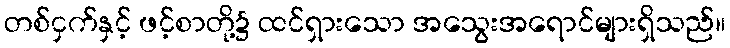
တစ်ငှက်နှင့် ဖင့်စာတို့၌ ထင်ရှားသော အသွေးအရောင်များရှိသည်။